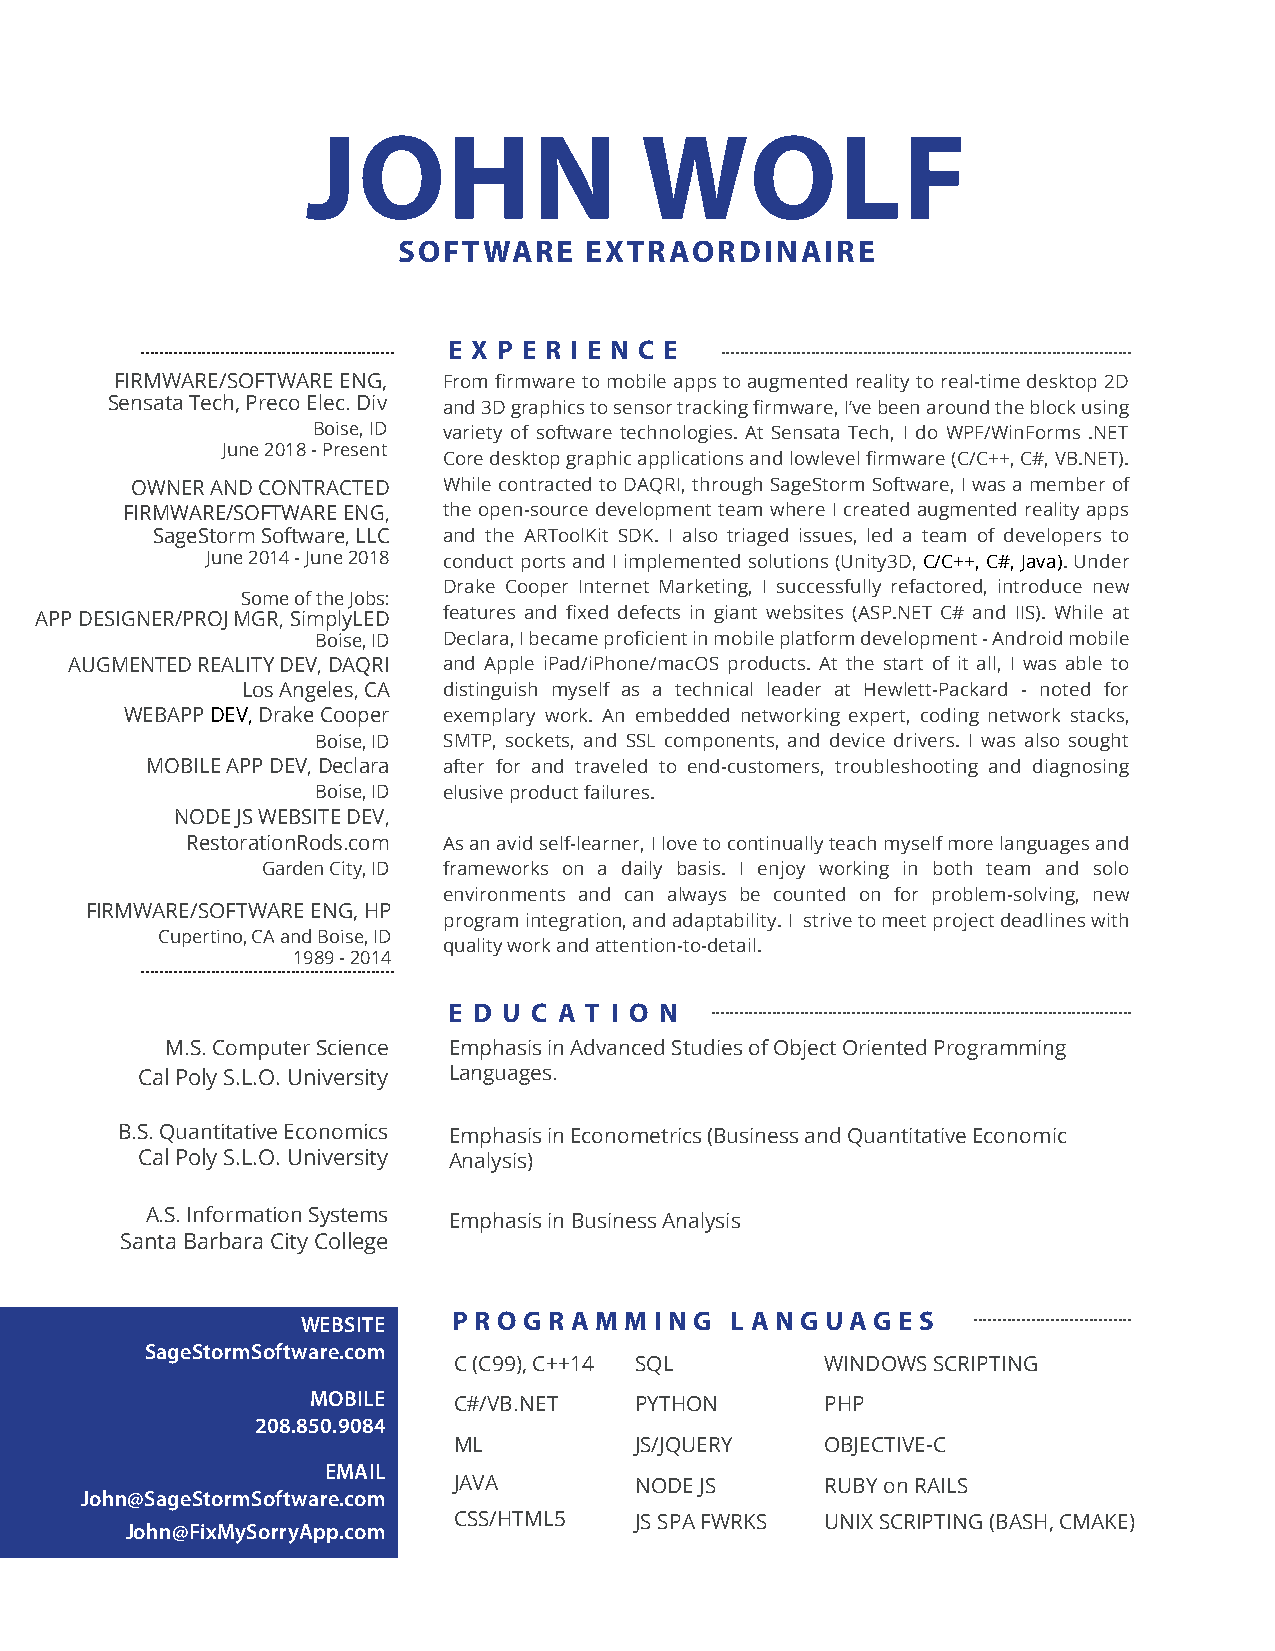
JOHN                  WOLF
 SOFTWARE     EXTRAORDINAIRE
 E X P E R I E N C E
 FIRMWARE/SOFTWARE ENG, From firmware to mobile apps to augmented reality to real-time desktop 2D
 Sensata Tech, Preco Elec. Div and 3D graphics to sensor tracking firmware, I’ve been around the block using
 Boise, ID variety of software technologies. At Sensata Tech, I do WPF/WinForms .NET
 June 2018 - Present
 Core desktop graphic applications and lowlevel firmware (C/C++, C#, VB.NET).
 OWNER AND CONTRACTED While contracted to DAQRI, through SageStorm Software, I was a member of
 FIRMWARE/SOFTWARE ENG, the open-source development team where I created augmented reality apps
 SageStorm Software, LLC and the ARToolKit SDK. I also triaged issues, led a team of developers to
 June 2014 - June 2018 conduct ports and I implemented solutions (Unity3D, C/C++, C#, Java). Under
 Drake Cooper Internet Marketing, I successfully refactored, introduce new
 Some of the Jobs:
 APP DESIGNER/PROJ MGR, SimplyLED features and fixed defects in giant websites (ASP.NET C# and IIS). While at
 Boise, ID Declara, I became proficient in mobile platform development - Android mobile
 AUGMENTED REALITY DEV, DAQRI and Apple iPad/iPhone/macOS products. At the start of it all, I was able to
 Los Angeles, CA distinguish myself as a technical leader at Hewlett-Packard - noted for
 WEBAPP DEV, Drake Cooper exemplary work. An embedded networking expert, coding network stacks,
 Boise, ID SMTP, sockets, and SSL components, and device drivers. I was also sought
 MOBILE APP DEV, Declara after for and traveled to end-customers, troubleshooting and diagnosing
 Boise, ID elusive product failures.
 NODE JS WEBSITE DEV,
 RestorationRods.com As an avid self-learner, I love to continually teach myself more languages and
 Garden City, ID frameworks on a daily basis. I enjoy working in both team and solo
 environments and can always be counted on for problem-solving, new
 FIRMWARE/SOFTWARE ENG, HP
 program integration, and adaptability. I strive to meet project deadlines with
 Cupertino, CA and Boise, ID
 quality work and attention-to-detail.
 1989 - 2014
 E D U C A T I O N
 M.S. Computer Science Emphasis in Advanced Studies of Object Oriented Programming
 Cal Poly S.L.O. University Languages.
 B.S. Quantitative Economics Emphasis in Econometrics (Business and Quantitative Economic
 Cal Poly S.L.O. University Analysis)
 A.S. Information Systems
 Emphasis in Business Analysis
 Santa Barbara City College
 WEBSITE   P R O G R A M M I N G L A N G UAG E S
 SageStormSoftware.com
 C (C99), C++14 SQL       WINDOWS SCRIPTING
 MOBILE
 C#/VB.NET   PYTHON       PHP
 208.850.9084
 ML          JS/JQUERY    OBJECTIVE-C
 EMAIL
 JAVA        NODE JS      RUBY on RAILS
 John@SageStormSoftware.com
 CSS/HTML5   JS SPA FWRKS UNIX SCRIPTING (BASH, CMAKE)
 John@FixMySorryApp.com